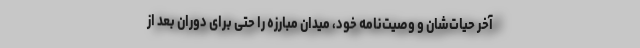
آخر حیات‌شان و وصیت‌نامه خود، میدان مبارزه را حتی برای دوران بعد از